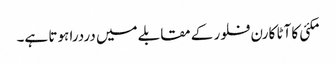
مکئی کا آٹا کارن فلور کے مقابلے میں دردرا ہوتا ہے۔